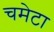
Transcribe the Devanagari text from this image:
चमेटा